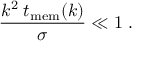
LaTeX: \frac { k ^ { 2 } \; t _ { \mathrm { m e m } } ( k ) } { \sigma } \ll 1 \; .